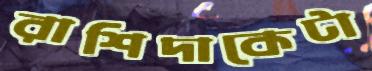
রাশিদাকেটা